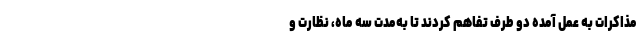
مذاکرات به عمل آمده دو طرف تفاهم کردند تا به‌مدت سه ماه، نظارت و